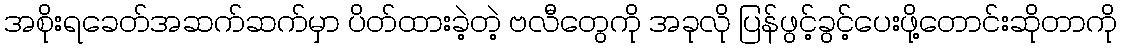
အစိုးရခေတ်အဆက်ဆက်မှာ ပိတ်ထားခဲ့တဲ့ ဗလီတွေကို အခုလို ပြန်ဖွင့်ခွင့်ပေးဖို့တောင်းဆိုတာကို